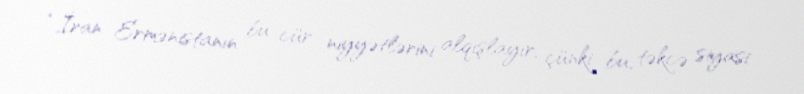
“İran Ermənistanın bu cür niyyətlərini alqışlayır, çünki bu, təkcə siyasi